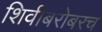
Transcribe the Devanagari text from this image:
शिवीबरोबरच